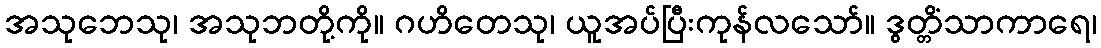
အသုဘေသု၊ အသုဘတို့ကို။ ဂဟိတေသု၊ ယူအပ်ပြီးကုန်လသော်။ ဒွတ္တိံသာကာရေ၊